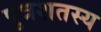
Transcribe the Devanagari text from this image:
पुत्रशतस्य